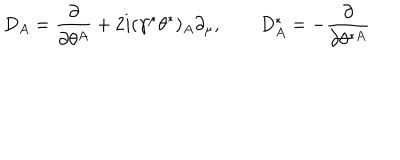
LaTeX: { D _ { A } = { \frac { \partial } { \partial \theta ^ { A } } } + 2 i ( \gamma ^ { \mu } \theta ^ { * } ) _ { A } \partial _ { \mu } , \qquad D _ { A } ^ { * } = - { \frac { \partial } { \partial \theta ^ { * A } } } }